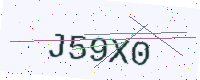
Text: J59X0